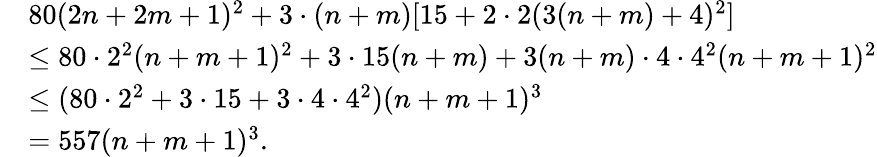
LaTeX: \begin{array}{rl}&{80(2n+2m+1)^{2}+3\cdot(n+m)[15+2\cdot 2(3(n+m)+4)^{2}]}\\ &{\leq 80\cdot 2^{2}(n+m+1)^{2}+3\cdot 15(n+m)+3(n+m)\cdot 4\cdot 4^{2}(n+m+1)^{2}}\\ &{\leq(80\cdot 2^{2}+3\cdot 15+3\cdot 4\cdot 4^{2})(n+m+1)^{3}}\\ &{=557(n+m+1)^{3}.}\end{array}